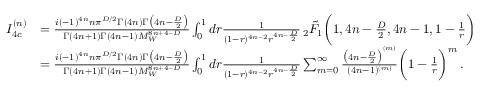
\begin{array} { r l } { I _ { 4 c } ^ { ( n ) } } & { = \frac { i ( - 1 ) ^ { 4 n } n \pi ^ { D / 2 } \Gamma ( 4 n ) \Gamma \big ( 4 n - \frac { D } { 2 } \big ) } { \Gamma ( 4 n + 1 ) \Gamma ( 4 n - 1 ) M _ { W } ^ { 8 n + 4 - D } } \int _ { 0 } ^ { 1 } d r \frac { 1 } { ( 1 - r ) ^ { 4 n - 2 } r ^ { 4 n - \frac { D } { 2 } } } \, _ { 2 } \tilde { F } _ { 1 } \bigg ( 1 , 4 n - \frac { D } { 2 } , 4 n - 1 , 1 - \frac { 1 } { r } \bigg ) } \\ & { = \frac { i ( - 1 ) ^ { 4 n } n \pi ^ { D / 2 } \Gamma ( 4 n ) \Gamma \big ( 4 n - \frac { D } { 2 } \big ) } { \Gamma ( 4 n + 1 ) \Gamma ( 4 n - 1 ) M _ { W } ^ { 8 n + 4 - D } } \int _ { 0 } ^ { 1 } d r \frac { 1 } { ( 1 - r ) ^ { 4 n - 2 } r ^ { 4 n - \frac { D } { 2 } } } \sum _ { m = 0 } ^ { \infty } \frac { \big ( 4 n - \frac { D } { 2 } \big ) ^ { ( m ) } } { ( 4 n - 1 ) ^ { ( m ) } } \bigg ( 1 - \frac { 1 } { r } \bigg ) ^ { m } \, . } \end{array}